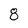
Character: 8